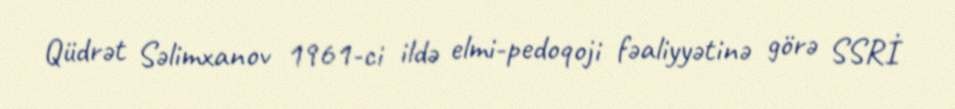
Qüdrət Səlimxanov 1961-ci ildə elmi-pedoqoji fəaliyyətinə görə SSRİ